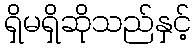
ရှိမရှိဆိုသည်နှင့်